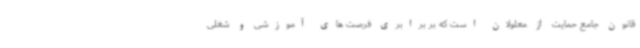
قانون جامع حمایت از معلولان است که بر برابری فرصت های آموزشی و شغلی